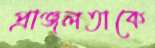
প্রাঞ্জলতাকে